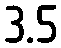
3.5